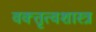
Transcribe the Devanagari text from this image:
वक्‍तृत्वशास्त्र